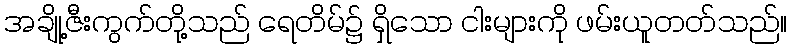
အချို့ဇီးကွက်တို့သည် ရေတိမ်၌ ရှိသော ငါးများကို ဖမ်းယူတတ်သည်။